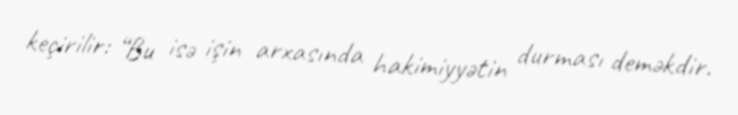
keçirilir: “Bu isə işin arxasında hakimiyyətin durması deməkdir.